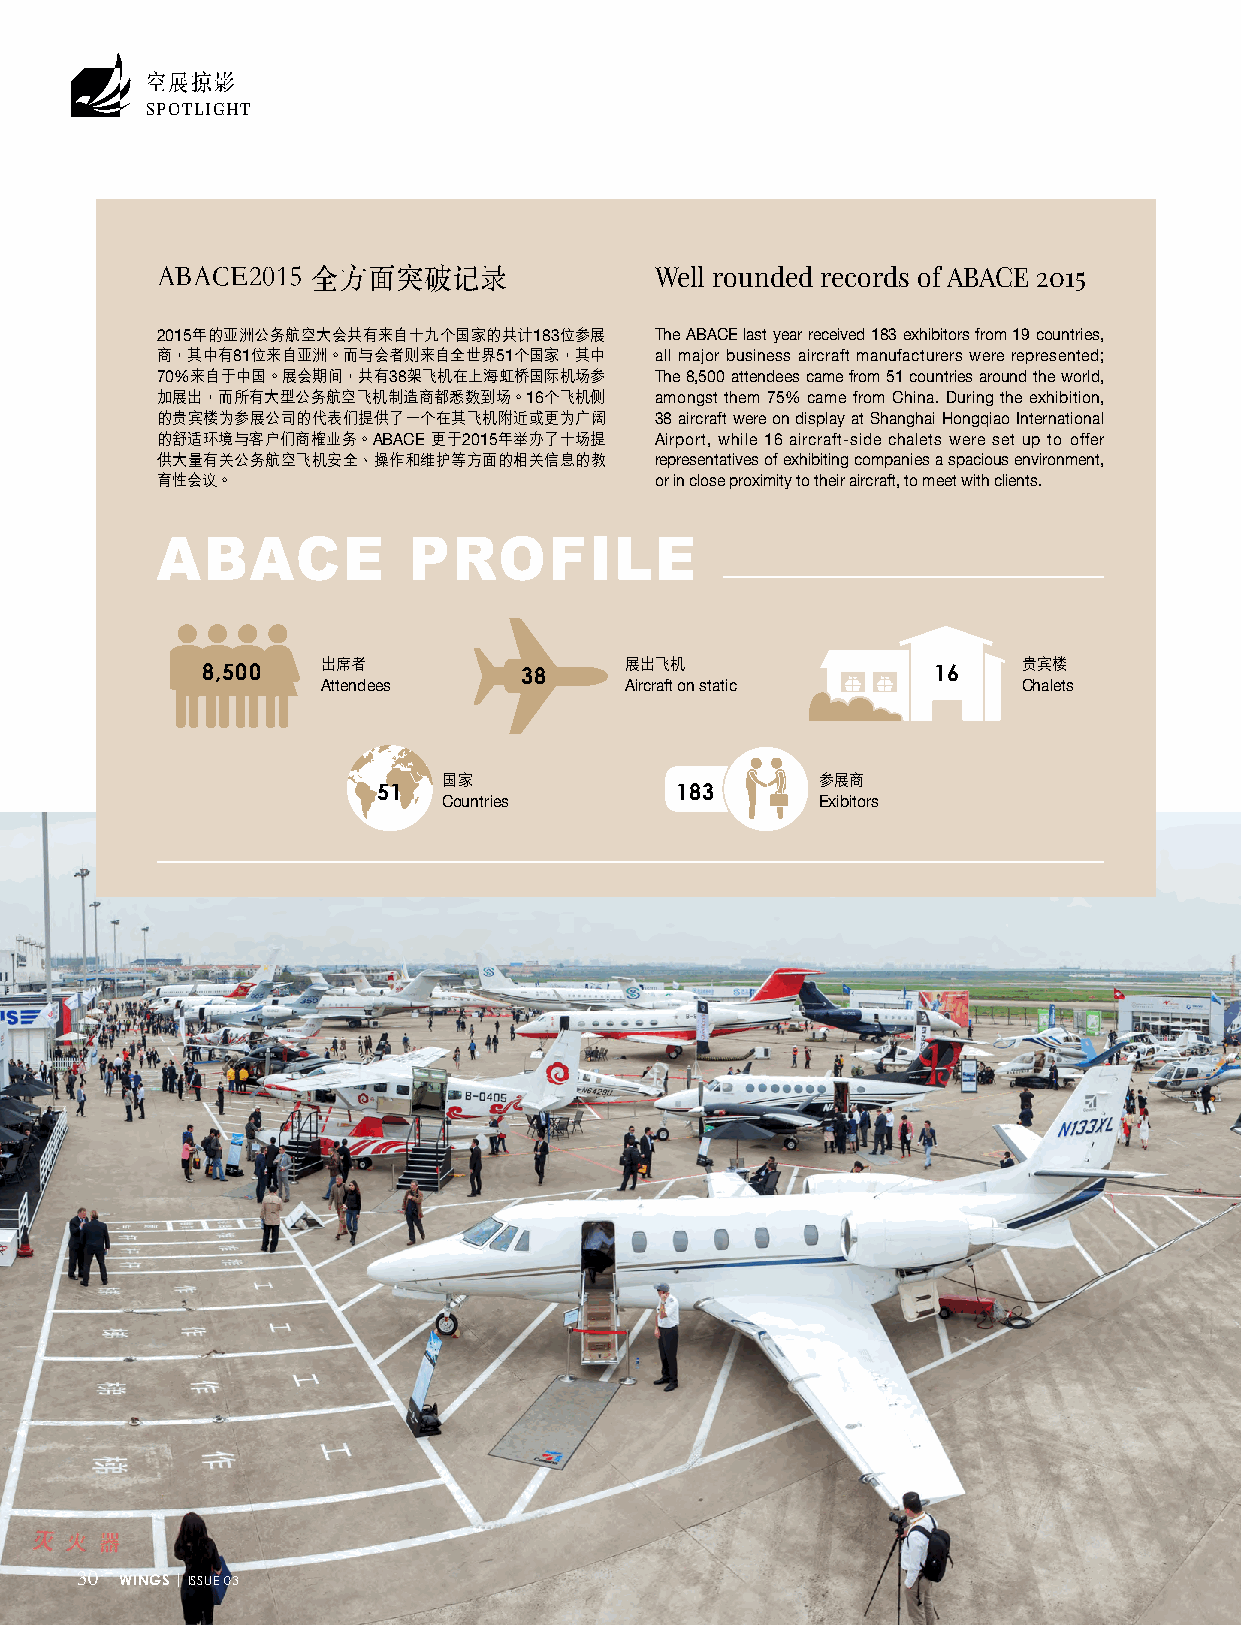
空展掠影
 SPOTLIGHT
 Well rounded records of ABACE 2015
 ABACE2015  全方面突破记录
 2015年的亞洲公務航空大會共有來自十九個國家的共計183位參展 The ABACE last year received 183 exhibitors from 19 countries,
 商，其中有81位來自亞洲。而與會者則來自全世界51個國家，其中  all major business aircraft manufacturers were represented;
 70%來自於中國。展會期間，共有38架飛機在上海虹橋國際機場參  The 8,500 attendees came from 51 countries around the world,
 加展出，而所有大型公務航空飛機製造商都悉數到場。16個飛機側   amongst them 75% came from China. During the exhibition,
 的貴賓樓為參展公司的代表們提供了一個在其飛機附近或更為廣闊    38 aircraft were on display at Shanghai Hongqiao International
 的舒適環境與客戶們商榷業務。ABACE 更於2015年舉辦了十場提 Airport, while 16 aircraft-side chalets were set up to offer
 供大量有關公務航空飛機安全、操作和維護等方面的相關信息的教    representatives of exhibiting companies a spacious environment,
 育性會議。                            or in close proximity to their aircraft, to meet with clients.
 ABACE            PROFILE
 8,500   出席者          38     展出飛機                 16    貴賓樓
 Attendees           Aircraft on static         Chalets
 國家                       參展商
 51                  183
 Countries                Exibitors
 30 WINGS | ISSUE 03